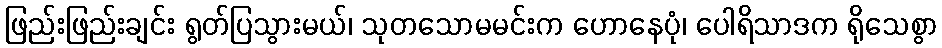
ဖြည်းဖြည်းချင်း ရွတ်ပြသွားမယ်၊ သုတသောမမင်းက ဟောနေပုံ၊ ပေါရိသာဒက ရိုသေစွာ